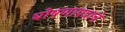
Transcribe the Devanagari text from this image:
घोषणापत्राचे